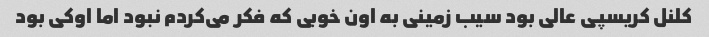
کلنل کریسپی عالی بود سیب زمینی به اون خوبی که فکر می‌کردم نبود اما اوکی بود